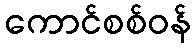
ကောင်စစ်ဝန်